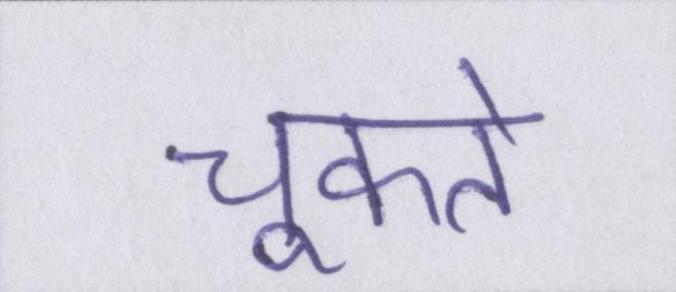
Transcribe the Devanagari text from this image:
चूकते